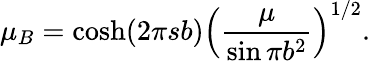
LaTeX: \mu_{B}=\cosh(2\pi sb)\left(\frac{\mu}{\sin\pi b^{2}}\right)^{1/2}.